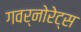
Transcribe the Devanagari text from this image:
गवर्नोरेट्स